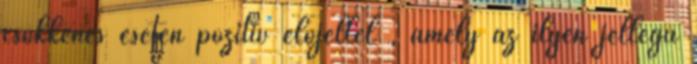
csökkenés esetén pozitív előjellel , amely az ilyen jellegű